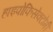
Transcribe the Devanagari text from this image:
हाइपोफिसेक्टोमी